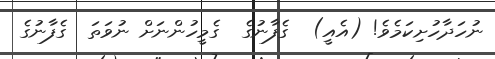
ނުހަދާހުށިކަމެވެ! (އެއީ)  ގެފާނުގެ  ގެމީހުންނަށް ނުވަތަ  ގެފާނުގެ